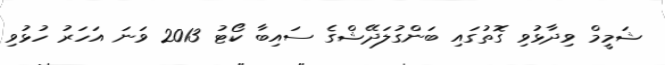
ޝަމީމް ވިދާޅުވި ގޮތުގައި ބަންގުލަދޭޝްގެ ސައިބާ ކޯޓު 2013 ވަނަ އަހަރު ހުޅުވި